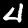
Label: 4